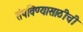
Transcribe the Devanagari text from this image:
संपविण्यासाठीची